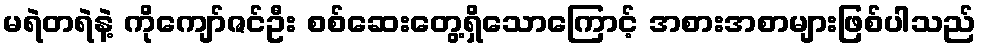
မရဲတရဲနဲ့ ကိုကျော်ဇင်ဦး စစ်ဆေးတွေ့ရှိသောကြောင့် အစားအစာများဖြစ်ပါသည်